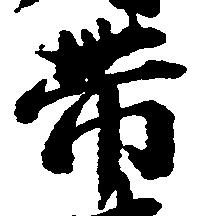
帯